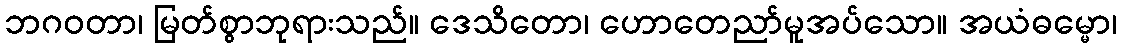
ဘဂဝတာ၊ မြတ်စွာဘုရားသည်။ ဒေသိတော၊ ဟောတေညာ်မူအပ်သော။ အယံဓမ္မော၊